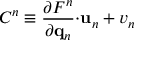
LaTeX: C ^ { n } \equiv \frac { \partial F ^ { n } } { \partial \mathbf { q } _ { n } } \mathbf { \cdot u } _ { n } + v _ { n }